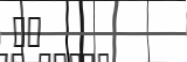
٣٠